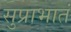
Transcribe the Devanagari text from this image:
सुप्राभातं